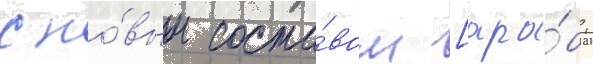
с но́вым соста́вом [ара́б.